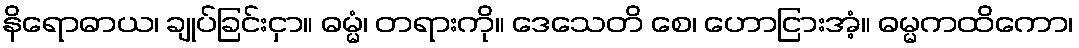
နိရောဓာယ၊ ချုပ်ခြင်းငှာ။ ဓမ္မံ၊ တရားကို။ ဒေသေတိ စေ၊ ဟောငြားအံ့။ ဓမ္မကထိကော၊